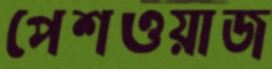
পেশওয়াজ